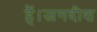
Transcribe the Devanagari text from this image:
हैं।जगदीश